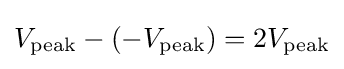
V_{\text{peak}}-(-V_{\text{peak}})=2V_{\text{peak}}